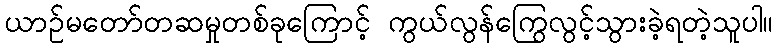
ယာဉ်မတော်တဆမှုတစ်ခုကြောင့် ကွယ်လွန်ကြွေလွင့်သွားခဲ့ရတဲ့သူပါ။